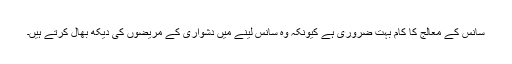
سانس کے معالج کا کام بہت ضروری ہے کیونکہ وہ سانس لینے میں دشواری کے مریضوں کی دیکھ بھال کرتے ہیں۔